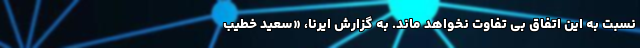
نسبت به این اتفاق بی تفاوت نخواهد ماند. به گزارش ایرنا، «سعید خطیب